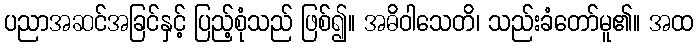
ပညာအဆင်အခြင်နှင့် ပြည့်စုံသည် ဖြစ်၍။ အဓိဝါသေတိ၊ သည်းခံတော်မူ၏။ အထ